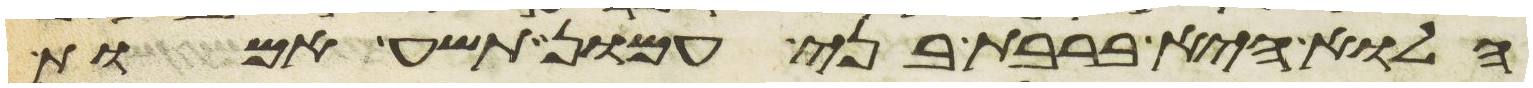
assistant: הלוא היא ברבת בני עמון תשע אמות